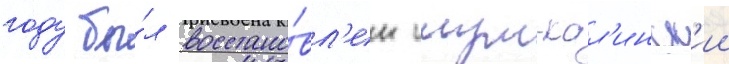
году бы́л восстано́вл'ен итум-кал'инск'ии